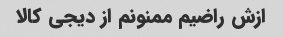
ازش راضیم ممنونم از دیجی کالا